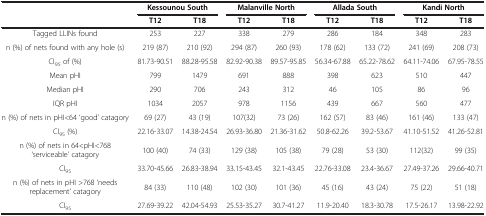
<table><thead><tr><td><b> </b></td><td colspan="2"><b>Kessounou South</b></td><td colspan="2"><b>Malanville North</b></td><td colspan="2"><b>Allada South</b></td><td colspan="2"><b>Kandi North</b></td></tr><tr><td><b> </b></td><td><b>T12</b></td><td><b>T18</b></td><td><b>T12</b></td><td><b>T18</b></td><td><b>T12</b></td><td><b>T18</b></td><td><b>T12</b></td><td><b>T18</b></td></tr></thead><tbody><tr><td>Tagged LLINs found</td><td>253</td><td>227</td><td>338</td><td>279</td><td>286</td><td>184</td><td>348</td><td>283</td></tr><tr><td>n (%) of nets found with any hole (s)</td><td>219 (87)</td><td>210 (92)</td><td>294 (87)</td><td>260 (93)</td><td>178 (62)</td><td>133 (72)</td><td>241 (69)</td><td>208 (73)</td></tr><tr><td>CI<sub>95</sub> of (%)</td><td>81.73-90.51</td><td>88.28-95.58</td><td>82.92-90.38</td><td>89.57-95.85</td><td>56.34-67.88</td><td>65.22-78.62</td><td>64.11-74.06</td><td>67.95-78.55</td></tr><tr><td>Mean pHI</td><td>799</td><td>1479</td><td>691</td><td>888</td><td>398</td><td>623</td><td>510</td><td>447</td></tr><tr><td>Median pHI</td><td>290</td><td>706</td><td>243</td><td>312</td><td>46</td><td>105</td><td>86</td><td>96</td></tr><tr><td>IQR pHI</td><td>1034</td><td>2057</td><td>978</td><td>1156</td><td>439</td><td>667</td><td>560</td><td>477</td></tr><tr><td>n (%) of nets in pHI&lt;64 ‘good’ catagory</td><td>69 (27)</td><td>43 (19)</td><td>107(32)</td><td>73 (26)</td><td>162 (57)</td><td>83 (46)</td><td>161 (46)</td><td>133 (47)</td></tr><tr><td>CI<sub>95</sub> (%)</td><td>22.16-33.07</td><td>14.38-24.54</td><td>26.93-36.80</td><td>21.36-31.62</td><td>50.8-62.26</td><td>39.2-53.67</td><td>41.10-51.52</td><td>41.26-52.81</td></tr><tr><td>n (%) of nets in 64&lt;pHI&lt;768 ‘serviceable’ catagory</td><td>100 (40)</td><td>74 (33)</td><td>129 (38)</td><td>105 (38)</td><td>79 (28)</td><td>53 (30)</td><td>112(32)</td><td>99 (35)</td></tr><tr><td>CI<sub>95</sub></td><td>33.70-45.66</td><td>26.83-38.94</td><td>33.15-43.45</td><td>32.1-43.45</td><td>22.76-33.08</td><td>23.4-36.67</td><td>27.49-37.26</td><td>29.66-40.71</td></tr><tr><td>n (%) of nets in pHI &gt;768 ‘needs replacement’ catagory</td><td>84 (33)</td><td>110 (48)</td><td>102 (30)</td><td>101 (36)</td><td>45 (16)</td><td>43 (24)</td><td>75 (22)</td><td>51 (18)</td></tr><tr><td>CI<sub>95</sub></td><td>27.69-39.22</td><td>42.04-54.93</td><td>25.53-35.27</td><td>30.7-41.27</td><td>11.9-20.40</td><td>18.3-30.78</td><td>17.5-26.17</td><td>13.98-22.92</td></tr></tbody></table>